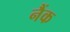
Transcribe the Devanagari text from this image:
नैंक